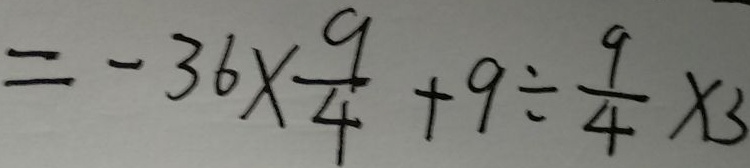
= - 3 6 \times \frac { 9 } { 4 } + 9 \div \frac { 9 } { 4 } \times 3